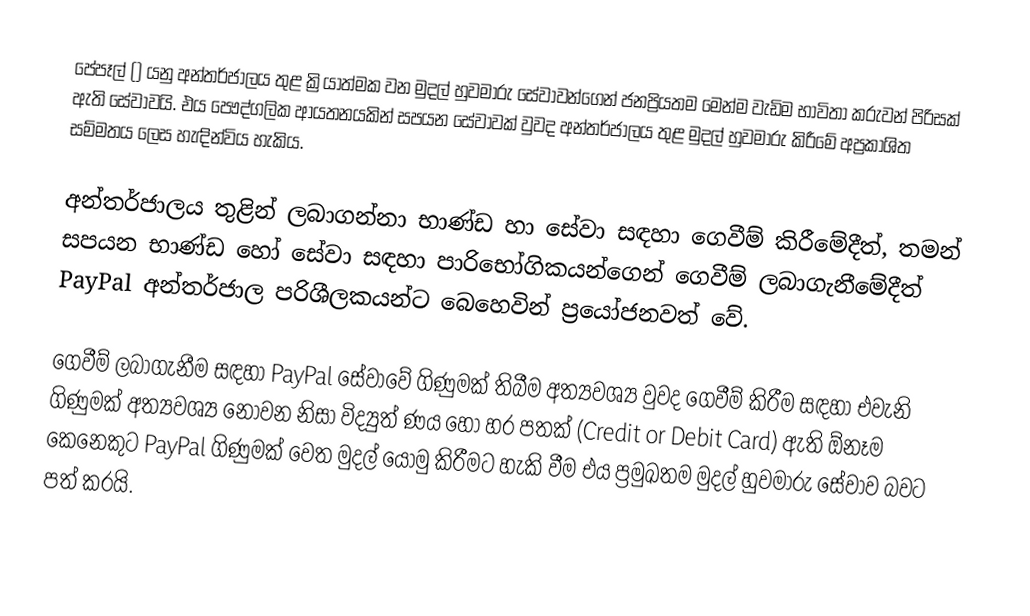
පේපෑල් () යනු අන්තර්ජාලය තුළ ක්‍රියාත්මක වන මුදල් හුවමාරු සේවාවන්ගෙන් ජනප්‍රියතම මෙන්ම වැඩිම භාවිතා කරුවන් පිරිසක් ඇති සේවාවයි. එය පෞද්ගලික ආයතනයකින් සපයන සේවාවක් වුවද අන්තර්ජාලය තුළ මුදල් හුවමාරු කිරීමේ අප්‍රකාශිත සම්මතය ලෙස හැඳින්විය හැකිය.

අන්තර්ජාලය තුළින් ලබාගන්නා භාණ්ඩ හා සේවා සඳහා ගෙවීම් කිරීමේදීත්, තමන් සපයන භාණ්ඩ හෝ සේවා සඳහා පාරිභෝගිකයන්ගෙන් ගෙවීම් ලබාගැනීමේදීත් PayPal අන්තර්ජාල පරිශීලකයන්ට බෙහෙවින් ප්‍රයෝජනවත් වේ.

ගෙවීම් ලබාගැනීම සඳහා PayPal සේවාවේ ගිණුමක් තිබීම අත්‍යවශ්‍ය වුවද ගෙවීම් කිරීම සඳහා එවැනි ගිණුමක් අත්‍යවශ්‍ය නොවන නිසා විද්‍යුත් ණය හෝ හර පතක් (Credit or Debit Card) ඇති ඕනෑම කෙනෙකුට PayPal ගිණුමක් වෙත මුදල් යොමු කිරීමට හැකි වීම එය ප්‍රමුඛතම මුදල් හුවමාරු සේවාව බවට පත් කරයි.